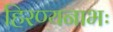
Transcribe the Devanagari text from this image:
हिरण्यनाभः